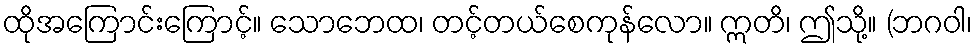
ထိုအကြောင်းကြောင့်။ သောဘေထ၊ တင့်တယ်စေကုန်လော။ ဣတိ၊ ဤသို့။ (ဘဂဝါ၊